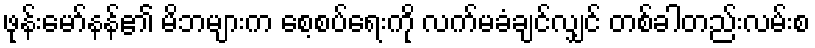
ဖုန်းမော်နန်၏ မိဘများက စေ့စပ်ရေးကို လက်မခံချင်လျှင် တစ်ခါတည်းလမ်းစ